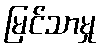
မြင်သာမှု